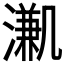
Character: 𣽳